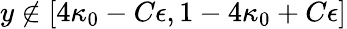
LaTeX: y\notin[4\kappa_{0}-C\epsilon,1-4\kappa_{0}+C\epsilon]